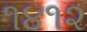
૧૪૧૨